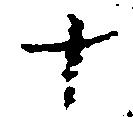
十